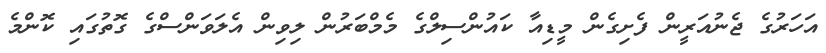
އަހަރުގެ ޖެނުއަރީން ފެށިގެން މީޑިއާ ކައުންސިލްގެ މެމްބަރުން ލިވިން އެލަވަންސްގެ ގޮތުގައި ކޮންމެ